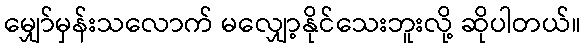
မျှော်မှန်းသလောက် မလျှော့နိုင်သေးဘူးလို့ ဆိုပါတယ်။